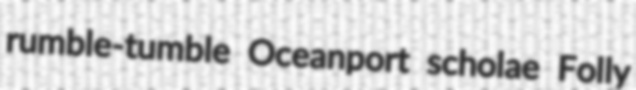
rumble-tumble Oceanport scholae Folly